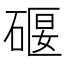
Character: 𥔌